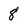
Character: 8